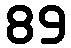
89